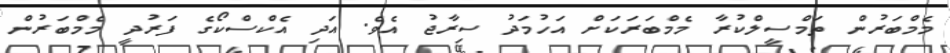
މެމްބަރުން ތަމްސީލްކުރާ މެމްބަރަކަށް އަހުމަދު ސިރާޖު އެވެ. އަދި އެކްސްކޯގެ ފަރުދީ މެމްބަރުން